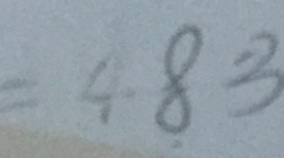
= 4 8 3